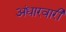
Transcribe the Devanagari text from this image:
अंधारवारी